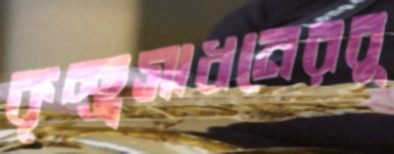
কৃচ্ছ্রসাধনেরবু